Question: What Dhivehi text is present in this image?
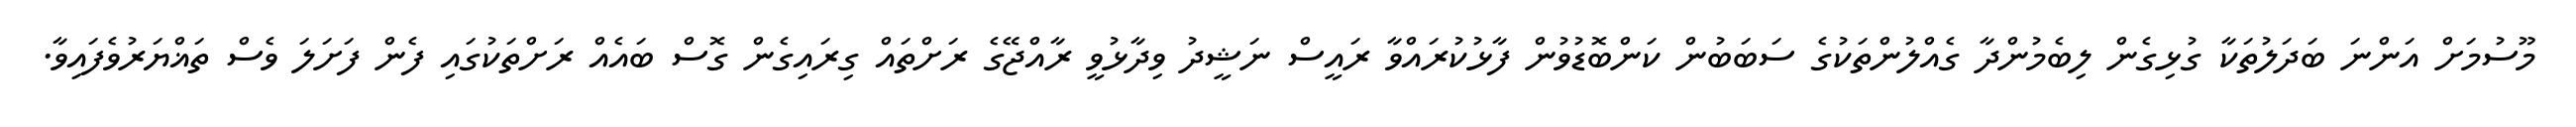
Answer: މޫސުމަށް އަންނަ ބަދަލުތަކާ ގުޅިގެން ލިބެމުންދާ ގެއްލުންތަކުގެ ސަބަބުން ކަންބޮޑުވުން ފާޅުކުރައްވާ ރައީސް ނަޝީދު ވިދާޅުވީ ރާއްޖޭގެ ރަށްތައް ގިރައިގެން ގޮސް ބައެއް ރަށްތަކުގައި ފެން ފަށަލަ ވެސް ތަޣްޔަރުވެފައިވާ.